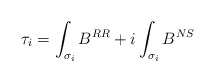
\begin{align*}\tau_i=\int_{\sigma_i} B^{RR} + i \int_{\sigma_i} B^{NS}\end{align*}